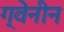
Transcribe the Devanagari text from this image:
ग्वेनीन